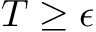
T \geq \epsilon